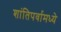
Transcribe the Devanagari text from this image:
शांतिपर्वामध्ये